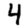
Digit: 4